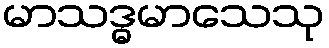
မာသဒ္ဓမာသေသု